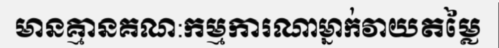
មានគ្មានគណ:កម្មការណាម្នាក់វាយតម្លៃ